Annual report on the working of the mental hospitals in the Madras Presidency - 1912-1932
Year: 1912
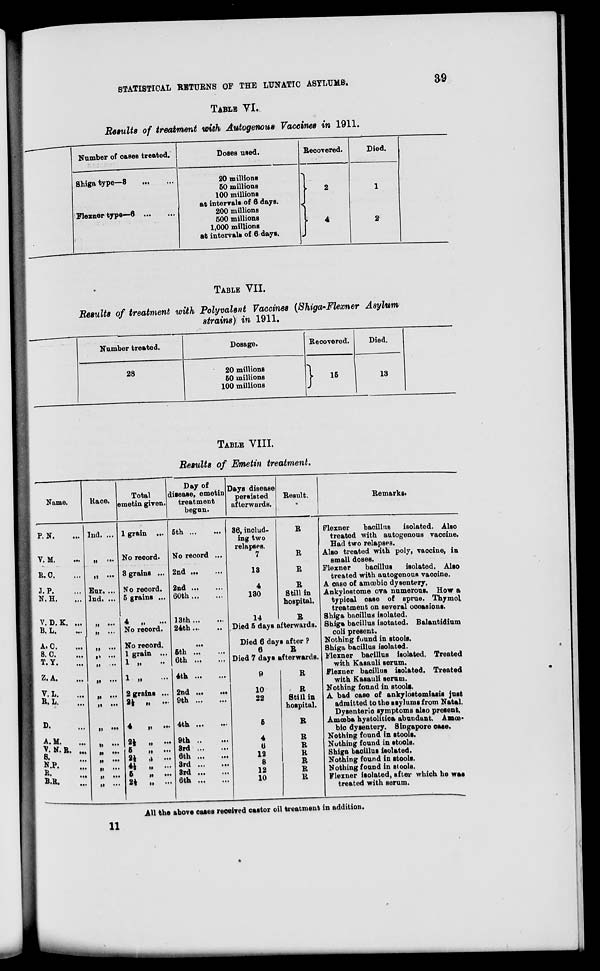
STATISTICAL RETURNS OF THE
LUNATIC
ASYLUMS.
39
TABLE VI.
Results of treatment with Autogenous Vaccines in 1911.
Number of cases treated.
Shiga type—3 ... ...
Flexner type—6
...
...
Doses used.
20 millions
50 millions
100 millions
at intervals of 6 days.
200 millions
500 millions
1,000 millions
at intervals of 6 days.
Recovered.
2
4
Died.
1
2
TABLE VII.
Results of treatment with Polyvalent Vaccines (Shiga-Flexner Asylum
strains) in 1911.
Number treated.
28
Dosage.
20 millions
50 millions
100 millions
Recovered.
15
Died.
13
TABLE VIII.
Results of Emetin treatment.
Name.
P. N. ...
V. M. ...
R.C. ...
J. P. ...
N.H. ...
V.D.K. ...
B. L.
...
A. C. ...
S. C. ...
T. Y.
...
Z. A. ...
V.L. ...
R.L. ...
D. ...
A. M. ...
V.N.R. ...
S. ...
N.P ...
R. ...
B.R. ...
Race.
Ind. ...
„ ...
„ ...
Eur. ...
Ind. ...
„ ...
„
...
„ ...
„ ...
„ ...
„ ...
„ ...
„ ...
„
...
„ ...
„
...
„ ...
„ ...
„ ...
„
...
Total
emetin given.
1 grain ...
No record.
3 grains ...
No record.
5 grains ...
4
„
...
No record.
No record.
1 grain ...
1
„
...
1 „ ...
2 grains ...
2½ „ ...
4
„
...
2½
„
...
5
„
...
2½ „ ...
4½
„
...
5
„
...
2½
„
...
Day of
disease, emetin
treatment
begun.
5th ...
...
No record ...
2nd ... ...
2nd
...
...
60th ... ...
13th
...
...
24th ... ...
...
5th ...
...
6th ...
...
4tn
...
...
2nd ...
...
9th
...
...
4th ...
...
9th
...
...
3rd
...
...
6th ...
...
3rd
...
...
3rd ...
...
6th ...
...
Days disease
persisted
afterwards.
36, includ-
ing two
relapses.
7
13
4
130
14
Result.
R
R
R
R
Still in
hospital.
R
Died 5 days afterwards.
Died 6 days after ?
6
R
Died 7 days afterwards.
9
10
22
5
4
6
12
8
12
10
R
R
Still in
hospital.
R
R
R
R
R
R
R
Remarks.
Flexner
bacillus
isolated. Also
treated with autogenous vaccine.
Had two relapses.
Also treated with poly, vaccine, in
small doses.
Flexner
bacillus
isolated. Also
treated with autogenous vaccine.
A case of amœbic dysentery.
Ankylostome ova numerous. How a
typical case of sprue. Thymol
treatment on several occasions.
Shiga bacillus isolated.
Shiga bacillus isotated. Balantidium
coli present.
Nothing found in stools.
Shiga bacillus isolated.
Flexner bacillus isolated. Treated
with Kasauli serum.
Flexner bacillus isolated. Treated
with Kasauli serum.
Nothing found in stools.
A bad case of ankylostomiasis just
admitted to the asylums from Natal.
Dysenteric symptoms also present.
Amœba hystolitica abundant.
Amœ
bic dysentery. Singapore case.
Nothing found in stools.
Nothing found in stools.
Shiga bacillus isolated.
Nothing found in stools.
Nothing found in stools.
Flexner isolated, after which he was
treated with serum.
All the above cases received castor oil treatment in addition.
11